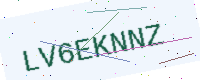
Text: LV6EKNNZ